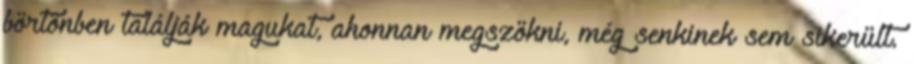
börtönben találják magukat, ahonnan megszökni, még senkinek sem sikerült.